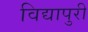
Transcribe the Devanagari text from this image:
विद्यापुरी